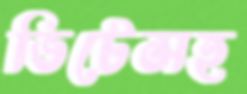
ভিটেসহ